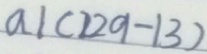
a \vert ( 2 2 9 - 1 3 )